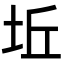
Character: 坵